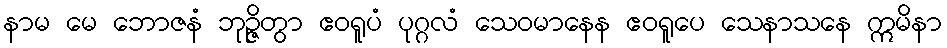
နာမ မေ ဘောဇနံ ဘုဉ္ဇိတွာ ဧဝရူပံ ပုဂ္ဂလံ သေဝမာနေန ဧဝရူပေ သေနာသနေ ဣမိနာ